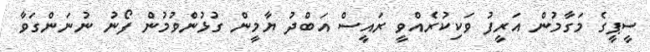
ސީޕީގެ މަގާމުން އަރީފު ވަކިކުރެއްވީ ރައީސް އަބްދު ޔާމީން ގުޅުންވުމުން ފޯނު ނުނަންގަވާ